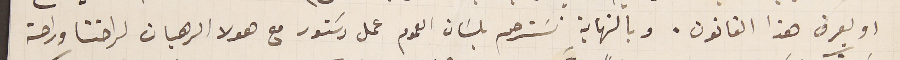
او يعرف هذا القانون. وبالنهاية نسَترحم بلسَان العموم عمل دسَتور مع هولا الرهبان لراحتنا وراحة